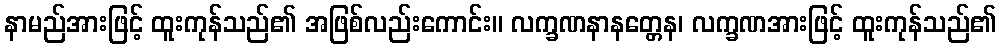
နာမည်အားဖြင့် ထူးကုန်သည်၏ အဖြစ်လည်းကောင်း။ လက္ခဏနာနတ္တေန၊ လက္ခဏအားဖြင့် ထူးကုန်သည်၏